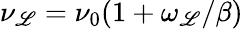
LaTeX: \nu_{\mathscr{L}}=\nu_{0}(1+\omega_{\mathscr{L}}/\beta)